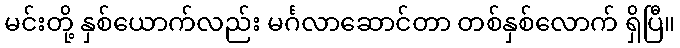
မင်းတို့ နှစ်ယောက်လည်း မင်္ဂလာဆောင်တာ တစ်နှစ်လောက် ရှိပြီ။